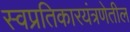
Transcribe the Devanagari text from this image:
स्वप्रतिकारयंत्रणेतील